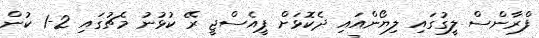
ފްރާންސް ލީގުގައި ލިޔޯންއައި ދެކޮޅަށް ޕީއެސްޖީ ރޭ ކުޅުނު މެޗުގައި 2-1 ކުން